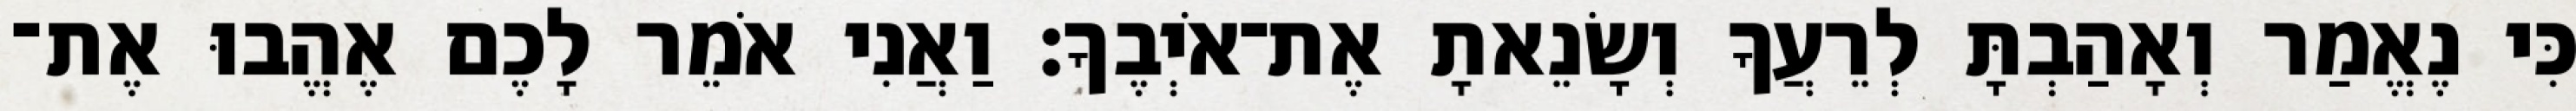
כִּי נֶאֱמַר וְאָהַבְתָּ לְרֵעֲךָ וְשָׂנֵאתָ אֶת־אֹיְבֶךָ׃ וַאֲנִי אֹמֵר לָכֶם אֶהֱבוּ אֶת־